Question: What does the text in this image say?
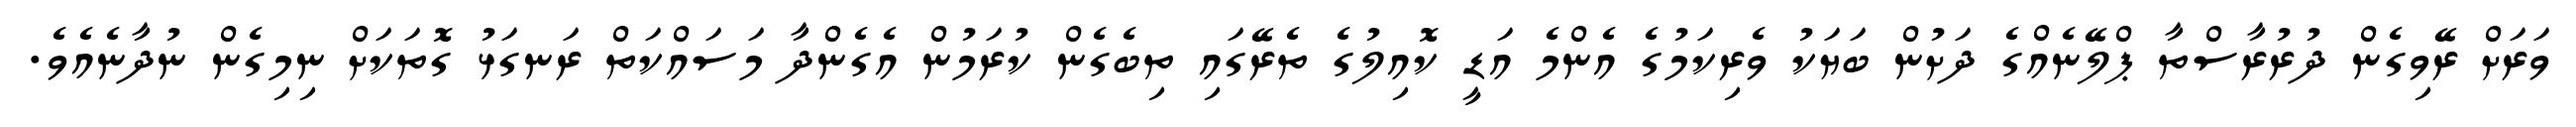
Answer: ވަރަށް ރޭވިގެން ދުރުރާސްތާ ޕްލޭނެއްގެ ދަށުން ބަޔަކު ވެރިކަމުގެ އެންމެ އަޑީ ކޮއިލުގެ ތެރޭގައި ތިބެގެން ކުރަމުން އެގެންދާ މަސައްކަތް ރަނގަޅު ގޮތަކަށް ނިމިގެން ނުދާނެއެވެ.